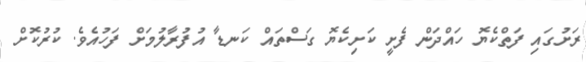
ރަށުގައި ފަތްކެޔޮ ހައްދަން ފެށީ ކަށިކެޔޮ ގަސްތައް ކަނޑާ އުފުރާލުމަށް ފަހުއެވެ. ކުރުކޮށް